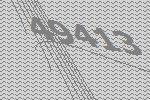
49413